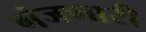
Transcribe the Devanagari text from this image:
गंजणारी